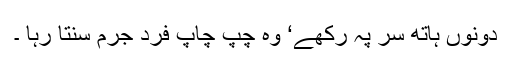
دونوں ہاتھ سر پہ رکھے‘ وہ چپ چاپ فرد جرم سنتا رہا ۔